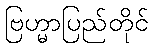
ဗြဟ္မာပြည်တိုင်